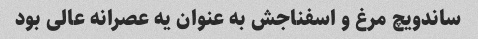
ساندویچ مرغ و اسفناجش به عنوان یه عصرانه عالی بود